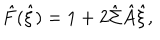
LaTeX: \hat { F } ( \hat { \xi } ) = 1 + 2 \hat { \Sigma } \hat { A } \hat { \xi } ,